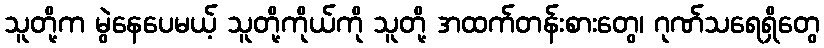
သူတို့က မွဲနေပေမယ့် သူတို့ကိုယ်ကို သူတို့ အထက်တန်းစားတွေ၊ ဂုဏ်သရေရှိတွေ